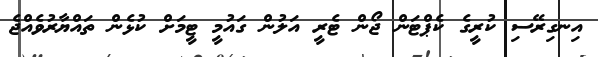
އިނގިރޭސި ކުރީގެ ކެޕްޓަން ޖޯން ޓެރީ އަލުން ގައުމީ ޓީމަށް ކުޅެން ތައްޔާރުވެއްޖެ